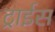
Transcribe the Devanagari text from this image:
ट्राईस